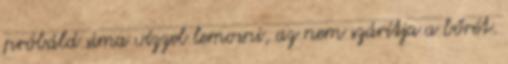
próbáld sima vízzel lemosni, az nem szárítja a bőrét.